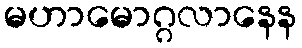
မဟာမောဂ္ဂလာနေန